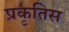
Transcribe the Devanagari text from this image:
प्रकृतिस